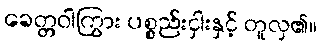
ခေတ္တဝါကြွား ပစ္စည်းငှါးနှင့် တူလှ၏။